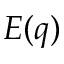
E ( q )